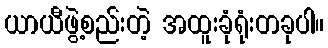
ယာယီဖွဲ့စည်းတဲ့ အထူးခုံရုံးတခုပါ။